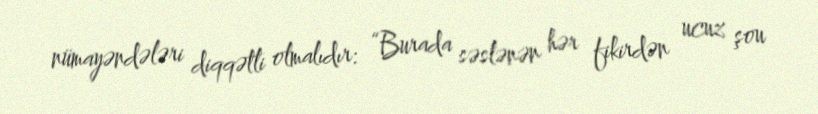
nümayəndələri diqqətli olmalıdır: “Burada səslənən hər fikirdən ucuz şou